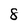
Character: 8